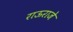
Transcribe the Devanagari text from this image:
राऊराजे